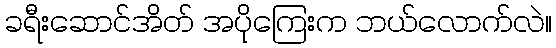
ခရီးဆောင်အိတ် အပိုကြေးက ဘယ်လောက်လဲ။